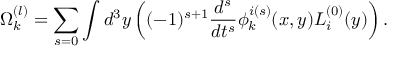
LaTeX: \Omega _ { k } ^ { ( l ) } = \sum _ { s = 0 } \int d ^ { 3 } y \left( ( - 1 ) ^ { s + 1 } \frac { d ^ { s } } { d t ^ { s } } \phi _ { k } ^ { i ( s ) } ( x , y ) L _ { i } ^ { ( 0 ) } ( y ) \right) .